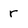
Character: r